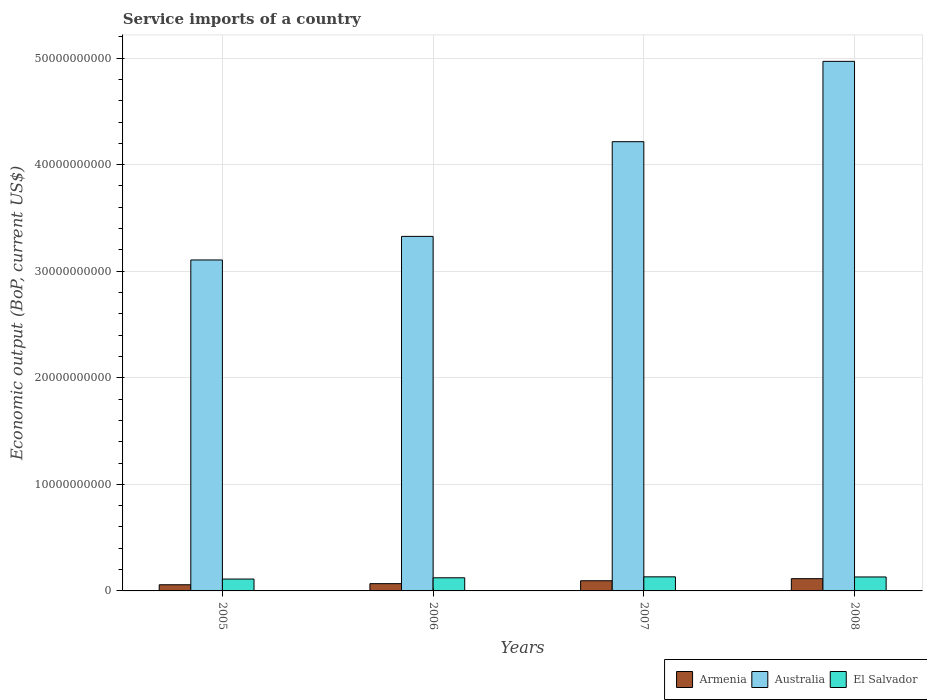
| Years | Armenia | Australia | El Salvador |
 | --- | --- | --- | --- |
 | 2005 | 5.78e+08 | 3.11e+10 | 1.11e+09 |
 | 2006 | 6.82e+08 | 3.33e+10 | 1.23e+09 |
 | 2007 | 9.54e+08 | 4.22e+10 | 1.32e+09 |
 | 2008 | 1.15e+09 | 4.97e+10 | 1.31e+09 |